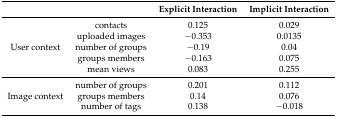
<table><thead><tr><td></td><td></td><td><b>Explicit Interaction</b></td><td><b>Implicit Interaction</b></td></tr></thead><tbody><tr><td rowspan="5">User context</td><td>contacts</td><td>0.125</td><td>0.029</td></tr><tr><td>uploaded images</td><td>−0.353</td><td>0.0135</td></tr><tr><td>number of groups</td><td>−0.19</td><td>0.04</td></tr><tr><td>groups members</td><td>−0.163</td><td>0.075</td></tr><tr><td>mean views</td><td>0.083</td><td>0.255</td></tr><tr><td rowspan="3">Image context</td><td>number of groups</td><td>0.201</td><td>0.112</td></tr><tr><td>groups members</td><td>0.14</td><td>0.076</td></tr><tr><td>number of tags</td><td>0.138</td><td>−0.018</td></tr></tbody></table>